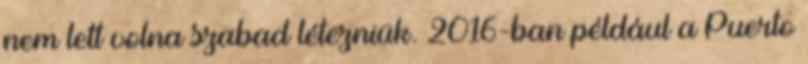
nem lett volna szabad létezniük. 2016-ban például a Puerto